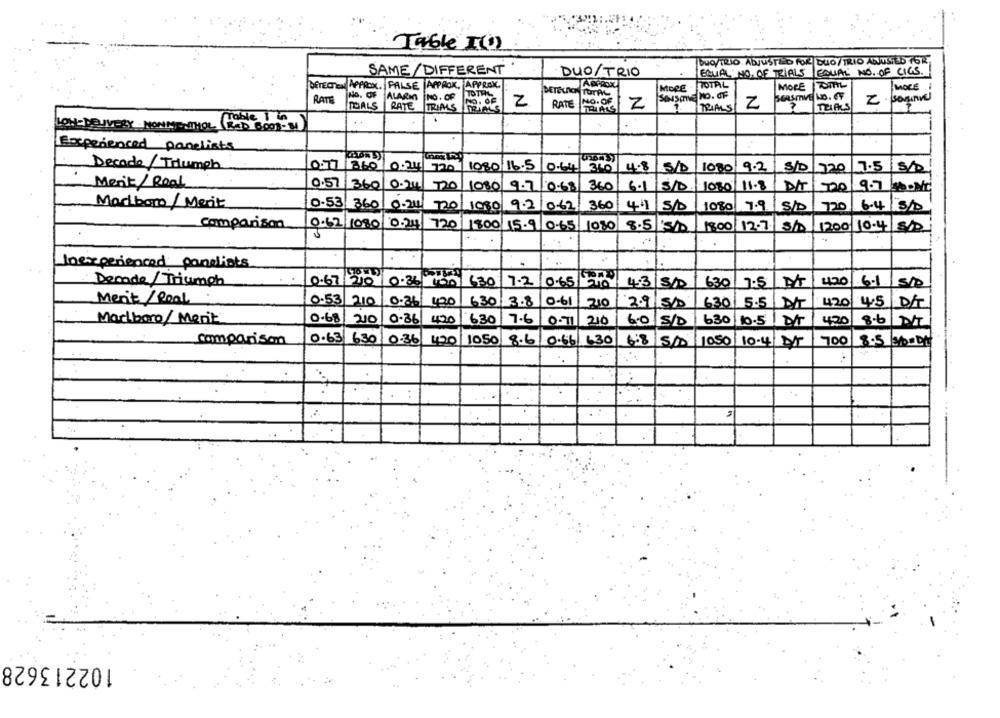
Table I(O )
BUONTRIO. ADJUSTED FOR DUO/ TRIO ANTISED 16K
SAME/DIFFERENT
EQUAL NO. OF CICS.
DUO TRIO
EQUAL NO. OF TRIALS
bEnECKEN APPROX. PALSE APPAOK, APPROK.
MORE
TOTAL
MORE TOTTTL
MORE
No. OF
DETEUCH TUTAN
RATE
ALARM
NO. OF
NO. OF
SOASIVE NO. OF
SERSIVE NO. CF
2
TOALS
RATE
TRIALS
2
RATE
Z
TRIALS
Z
TEL ALS
..
LON-DELIVERY NONMENTHOL (RAD 6008-31
Experienced panelists
1080/16.5
Decade / Triumph
0 7 360 0.24 720
0.64 360
4-8
5/D
1080/9.2
8/0 720
7.5 /5/2
Ment/Road
0.57
360
720
1080
0.68
360
6.1
510
1080/11-8
DIT
9.7
Madbom / Ment
0.53 360
0.24/ 720
1080 9.2
9.2
10.62 360
0.62
44
5/D
1080 7.9
S/D
720
6.4/18/D
Comparison
0.62/1080
0.24
720 1800 15.9 0.65 1080
8.5/5/10
1800 12.7 5/0 1200 10-4 5/0
..
Inexperienced panelists
Decade/ Triumph
0.67 210 0.36
630
7.2
0.65/200
4.3
630
7.5
6.1
Ment / Real
0-53 210
0.36
420
630 3.8 0-61 210
0-61
420
2.9 510
630 5.5
45 DT
Marlboro/ Menit
0.68/210
0.86
4420
630
7.6
0-11 210
6.0 5/D
630/10.5
4.20
8.6|NT
Comparison
0.63 630/0.36
420
8.6 0.66 1.30 6:8 5/0 1050 10.4 DT
700
8.5 200DHL
102213628